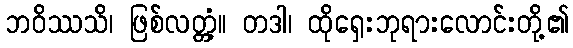
ဘဝိဿသိ၊ ဖြစ်လတ္တံ့။ တဒါ၊ ထိုရှေးဘုရားလောင်းတို့၏